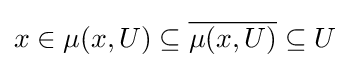
x\in \mu (x,U)\subseteq {\overline {\mu (x,U)}}\subseteq U